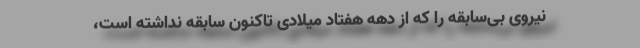
نیروی بی‌سابقه را که از دهه هفتاد میلادی تاکنون سابقه نداشته است،